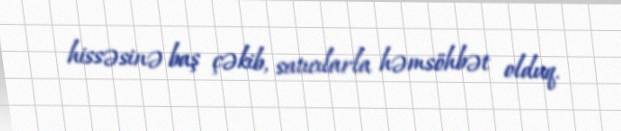
hissəsinə baş çəkib, satıcılarla həmsöhbət olduq.